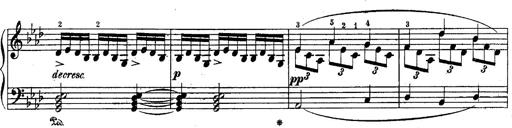
Title: Schubert's Impromptus [revised and edited by Franz Liszt]
Composer: Franz Liszt